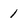
Character: 1